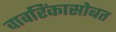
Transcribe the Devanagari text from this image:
वावरिंकासोबत